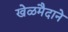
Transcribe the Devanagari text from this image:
खेळमैदाने